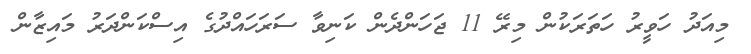
މިއަދު ހަވީރު ހަތަރަކުން މިރޭ 11 ޖަހަންދެން ކަނިވާ ސަރަހައްދުގެ އިސްކަންދަރު މައިޒާން